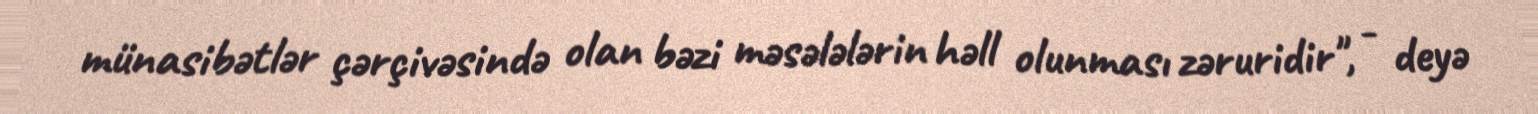
münasibətlər çərçivəsində olan bəzi məsələlərin həll olunması zəruridir", - deyə